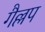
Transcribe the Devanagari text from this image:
गैल्लप